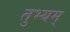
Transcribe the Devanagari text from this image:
तुभ्यम्